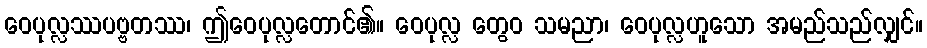
ဝေပုလ္လဿပဗ္ဗတဿ၊ ဤဝေပုလ္လတောင်၏။ ဝေပုလ္လ တွေဝ သမညာ၊ ဝေပုလ္လဟူသော အမည်သည်လျှင်။